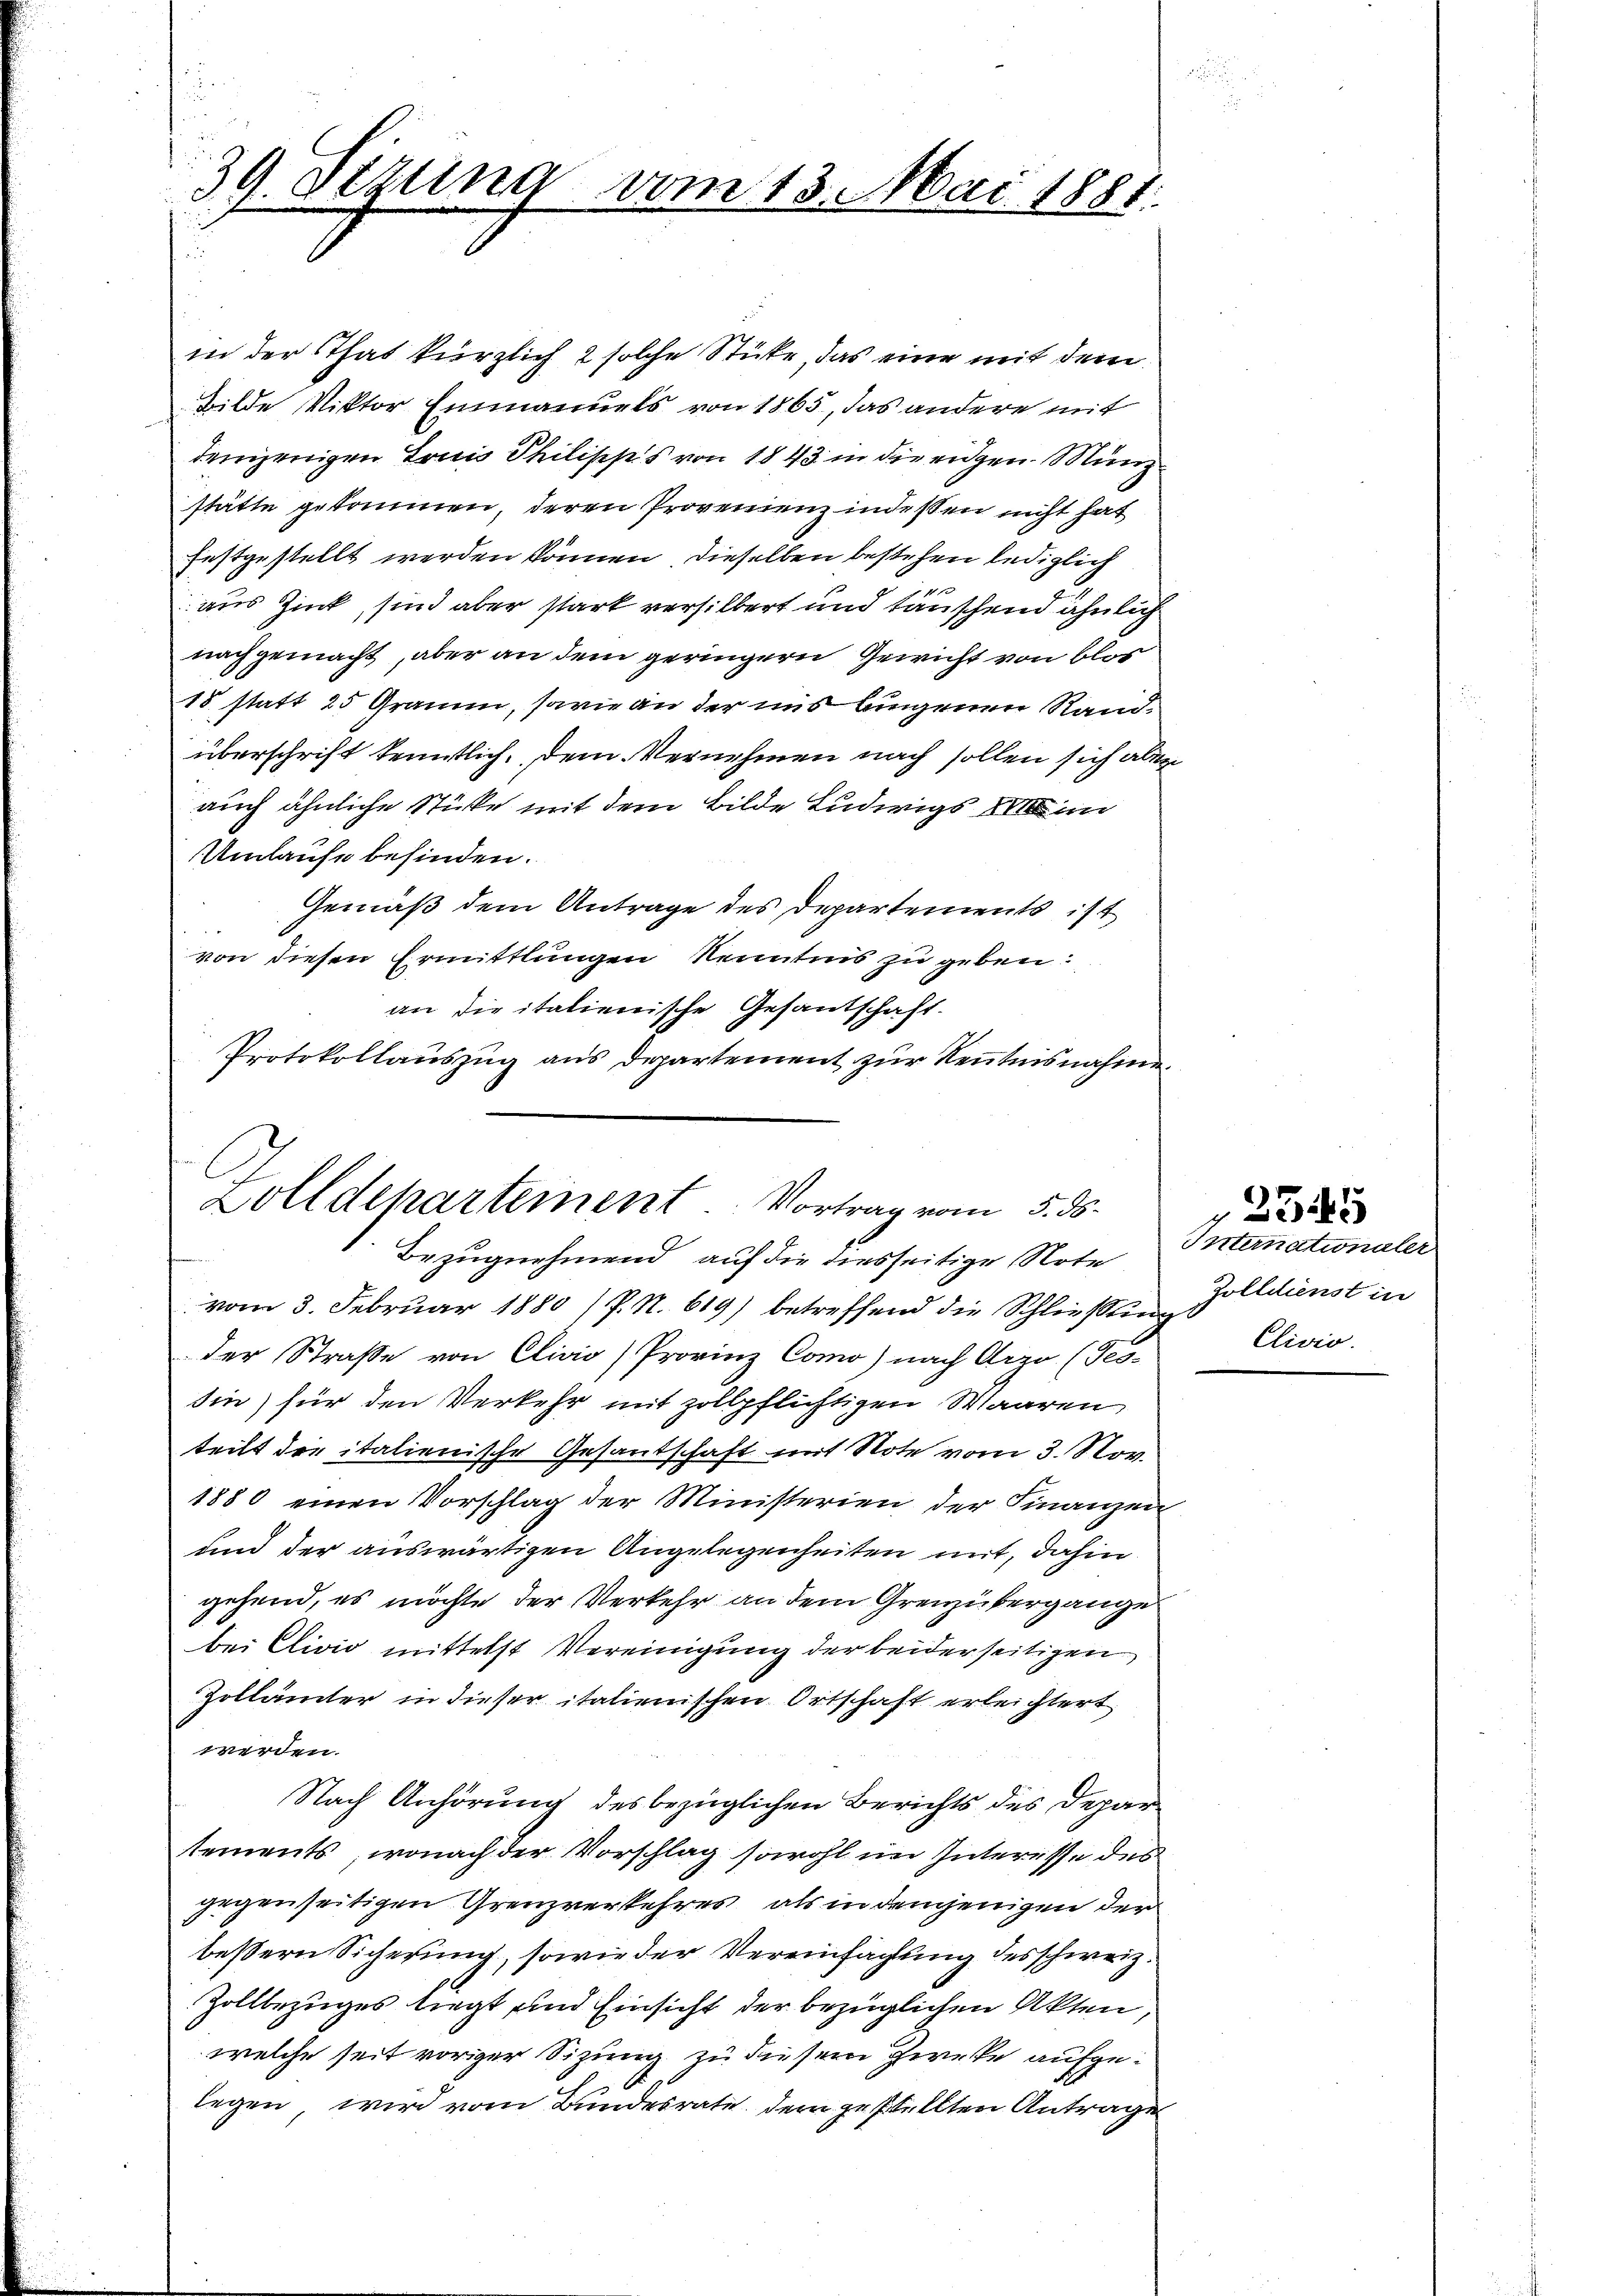
39. Sezung vom 13. Mai 1881.
u

in der That kürzlich 2 solche Stücke, das eine mit dem
Bilde Viktor Einmanuels von 1865, das andere mit
demjenigen Trais Philischs von 1843 in die eidgen. Münzstätte gekommen, deren Provenienz indessen nicht hat
festgestellt werden können, dieselben bestehen lediglich
aus Zunk, sind aber stark versilbert und täuschend ähnlich
nachgemacht, aber an dem geringern Gewicht von blos
18 statt 25 Graum, sowie an der uns lingenen Randüberschrift kenntlich, dem Vernehmen nach sollen sich aber
auch ähnliche Stücke mit dem Bilde Ludwigs 8 un
Umlaufe befinden.
Gemäß dem Antrage des Departements ist
von diesen Ermittlungen Kenntnis zu geben:
an die italienische Gesandschaft.
Protokollauszug aus Departement zur Kenntnisnahme

A
Dolldepartement Vortrag vom 5. ds.

vom 3. Februar 1880 /P. N. 619) betreffend die Schließling
der Straße von Clivio Provinz Como) nach Arze (Tes-
din) für den Verkehr mit zollpflichtigen Waaren
teilt die italienische Gesandschaft mit Note vom 3. Nov.
1880 einen Vorschlag der Ministerien der Finanzen
und der auswärtigen Angelegenheiten mit, dahin
gehend, es möchte der Verkehr an dem Grenzübergange
bei Clivio mittelst Vereinigung der beiderseitigen
Zollämter in dieser italienischen Ortschaft erleichtert
werden.
Nach Anhörung des bezüglichen Berichts des Depar
tements, wonach der Vorschlag sowohl im Interesse des
gegenseitigen Grenzverkehres, als in demjenigen der
beßern Sicherung, sowie der Vereinfachung des schweiz.
Zollbezuges liegt und Einsicht der bezüglichen Akten,
welche seit voriger Sizung zu diesem Zwecke aufgelegen, wird vom Bundesrate dem gestellten Antrage

Bezugnehmend auf die diesseitige Note Internationaler

Zolldienst in
Clivio.

2545